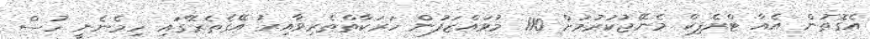
އެގޮތުން އެއާ ޓްރެފިކް މެނޭޖުކުރުމަށް 110 މުވައްޒަފުން ހަރަކާތްތެރިވާއިރު އޭގެތެރޭގައި ހިމެނެނީ ހުސް